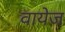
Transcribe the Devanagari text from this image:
वायेज